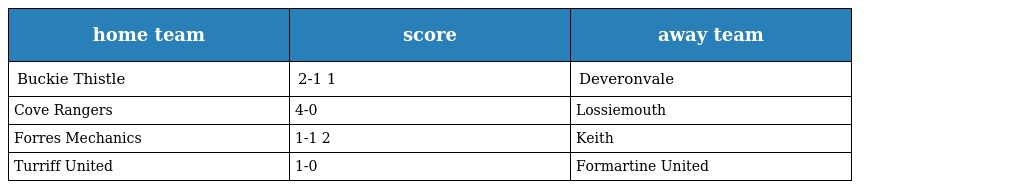
| home team | score | away team |
 | --- | --- | --- |
 | Buckie Thistle | 2-1 1 | Deveronvale |
 | Cove Rangers | 4-0 | Lossiemouth |
 | Forres Mechanics | 1-1 2 | Keith |
 | Turriff United | 1-0 | Formartine United |